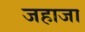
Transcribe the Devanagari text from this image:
जहाजा